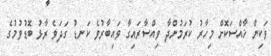
ވަކިން ޚާއްސަކޮށް މިހާރު ކުރަމުންދާ ވިއްސާރައިގާ ވައިބާރުވެ ކަނޑު ގަދަވެ ރާޅު ބޮޑުވުމުގެ